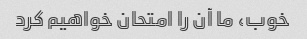
خوب، ما آن را امتحان خواهیم کرد